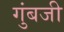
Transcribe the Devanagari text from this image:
गुंबजी